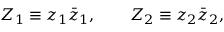
Z _ { 1 } \equiv z _ { 1 } \bar { z } _ { 1 } , \qquad Z _ { 2 } \equiv z _ { 2 } \bar { z } _ { 2 } ,